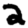
Digit: 2